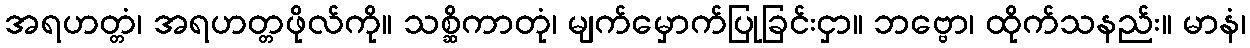
အရဟတ္တံ၊ အရဟတ္တဖိုလ်ကို။ သစ္ဆိကာတုံ၊ မျက်မှောက်ပြုခြင်းငှာ။ ဘဗ္ဗော၊ ထိုက်သနည်း။ မာနံ၊